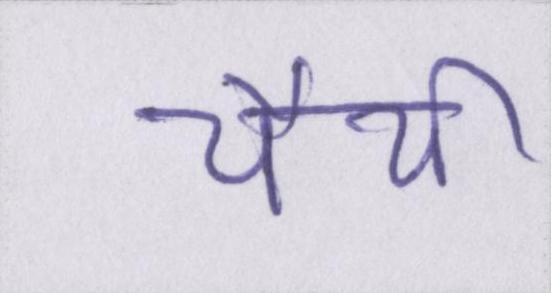
चैथी